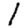
Digit: 1